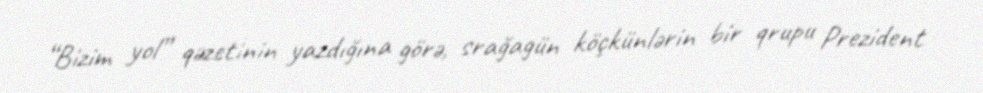
“Bizim yol” qəzetinin yazdığına görə, srağagün köçkünlərin bir qrupu Prezident